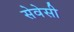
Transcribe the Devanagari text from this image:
सेवेसी